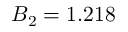
B _ { 2 } = 1 . 2 1 8